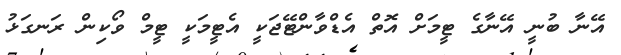
އޭނާ ބުނީ އޭނާގެ ޓީމަށް އޮތް އެޑްވާންޓޭޖަކީ އެޓީމަކީ ޓީމް ވޯކިން ރަނގަޅު